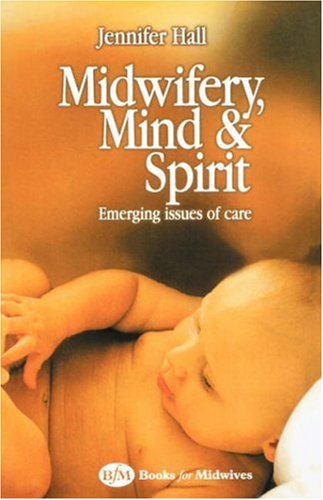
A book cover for Midwifery, Mind and Spirit: Emerging Issues of Care, 1e; Jennifer Hall MSc   ADM   PGDip(HE)  RN   RM; Medical Books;